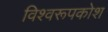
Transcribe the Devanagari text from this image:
विश्वरूपकोश